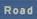
road